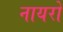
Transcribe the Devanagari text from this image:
नायरो